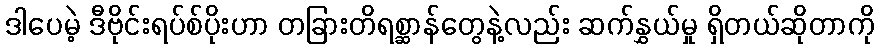
ဒါပေမဲ့ ဒီဗိုင်းရပ်စ်ပိုးဟာ တခြားတိရစ္ဆာန်တွေနဲ့လည်း ဆက်နွှယ်မှု ရှိတယ်ဆိုတာကို